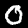
Label: 0